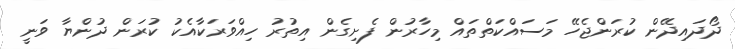
ދޯދައިދޭން ކުރަންޖެހޭ މަސައްކަތްތައް މިހާރުން ފެށިގެން އިތުރު ހިއްވަރަކާއެކު ކުރަން ދުންޔާ ވަނީ